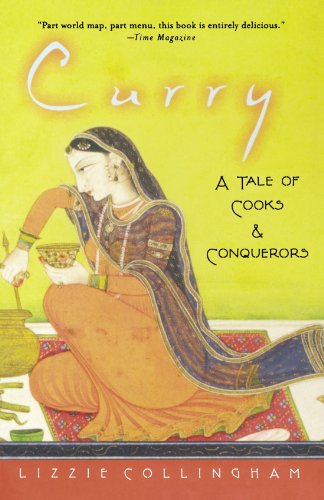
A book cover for Curry: A Tale of Cooks and Conquerors; Lizzie Collingham; Cookbooks, Food & Wine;